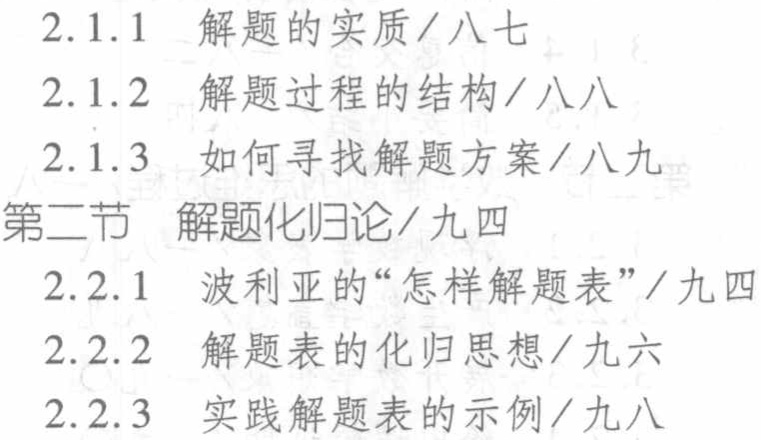
2.1.1 解题的实质/八七

2.1.2 解题过程的结构/八八

2.1.3 如何寻找解题方案/八九

第二节 解题化归论/九四

2.2.1 波利亚的“怎样解题表”/九四

2.2.2 解题表的化归思想/九六

2.2.3 实践解题表的示例/九八